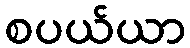
စပယ်ယာ